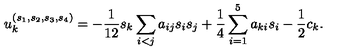
u _ { k } ^ { ( s _ { 1 } , s _ { 2 } , s _ { 3 } , s _ { 4 } ) } = - \frac { 1 } { 1 2 } s _ { k } \sum _ { i < j } a _ { i j } s _ { i } s _ { j } + \frac { 1 } { 4 } \sum _ { i = 1 } ^ { 5 } a _ { k i } s _ { i } - \frac { 1 } { 2 } c _ { k } .